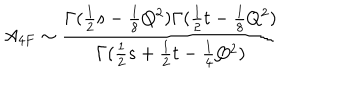
LaTeX: A _ { 4 F } \sim \frac { \Gamma ( \frac { 1 } { 2 } s - \frac { 1 } { 8 } Q ^ { 2 } ) \Gamma ( \frac { 1 } { 2 } t - \frac { 1 } { 8 } Q ^ { 2 } ) } { \Gamma ( \frac { 1 } { 2 } s + \frac { 1 } { 2 } t - \frac { 1 } { 4 } Q ^ { 2 } ) }